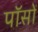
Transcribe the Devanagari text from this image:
पॉसों